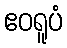
ဧဝရူပံ